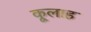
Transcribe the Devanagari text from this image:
कूलाह